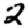
Digit: 2